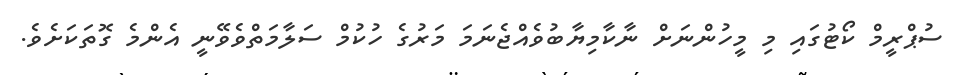
ސުޕްރީމް ކޯޓުގައި މި މީހުންނަށް ނާކާމިޔާބުވެއްޖެނަމަ މަރުގެ ހުކުމް ސަލާމަތްވެވޭނީ އެންމެ ގޮތަކަށެވެ.